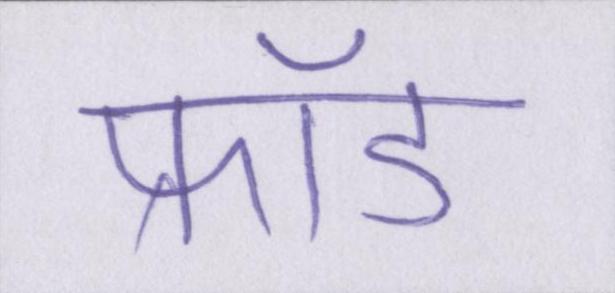
फ्रॉड